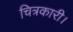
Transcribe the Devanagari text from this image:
चित्रकारी।